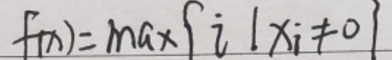
$f(x)=\max\{ i|x_{i}\neq 0\}$